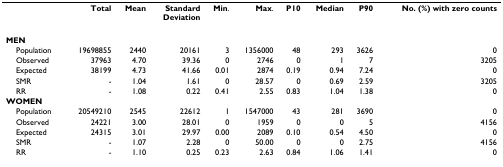
<table><thead><tr><td></td><td><b>Total</b></td><td><b>Mean</b></td><td><b>StandardDeviation</b></td><td><b>Min.</b></td><td><b>Max.</b></td><td><b>P10</b></td><td><b>Median</b></td><td><b>P90</b></td><td><b>No. (%) with zero counts</b></td></tr></thead><tbody><tr><td><b>MEN</b></td><td></td><td></td><td></td><td></td><td></td><td></td><td></td><td></td><td></td></tr><tr><td> Population</td><td>19698855</td><td>2440</td><td>20161</td><td>3</td><td>1356000</td><td>48</td><td>293</td><td>3626</td><td>0</td></tr><tr><td> Observed</td><td>37963</td><td>4.70</td><td>39.36</td><td>0</td><td>2746</td><td>0</td><td>1</td><td>7</td><td>3205</td></tr><tr><td> Expected</td><td>38199</td><td>4.73</td><td>41.66</td><td>0.01</td><td>2874</td><td>0.19</td><td>0.94</td><td>7.24</td><td>0</td></tr><tr><td> SMR</td><td>-</td><td>1.04</td><td>1.61</td><td>0</td><td>28.57</td><td>0</td><td>0.69</td><td>2.59</td><td>3205</td></tr><tr><td> RR</td><td>-</td><td>1.08</td><td>0.22</td><td>0.41</td><td>2.55</td><td>0.83</td><td>1.04</td><td>1.38</td><td>0</td></tr><tr><td><b>WOMEN</b></td><td></td><td></td><td></td><td></td><td></td><td></td><td></td><td></td><td></td></tr><tr><td> Population</td><td>20549210</td><td>2545</td><td>22612</td><td>1</td><td>1547000</td><td>43</td><td>281</td><td>3690</td><td>0</td></tr><tr><td> Observed</td><td>24221</td><td>3.00</td><td>28.01</td><td>0</td><td>1959</td><td>0</td><td>0</td><td>5</td><td>4156</td></tr><tr><td> Expected</td><td>24315</td><td>3.01</td><td>29.97</td><td>0.00</td><td>2089</td><td>0.10</td><td>0.54</td><td>4.50</td><td>0</td></tr><tr><td> SMR</td><td>-</td><td>1.07</td><td>2.28</td><td>0</td><td>50.00</td><td>0</td><td>0</td><td>2.75</td><td>4156</td></tr><tr><td> RR</td><td>-</td><td>1.10</td><td>0.25</td><td>0.23</td><td>2.63</td><td>0.84</td><td>1.06</td><td>1.41</td><td>0</td></tr></tbody></table>